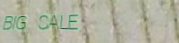
BIG SALE